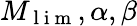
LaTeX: M_{\mathrm{~l~i~m~}},\alpha,\beta